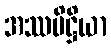
အဿပိဋ္ဌိယာ